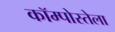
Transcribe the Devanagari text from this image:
कॉम्पोस्तेला